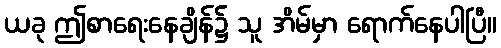
ယခု ဤစာရေးနေချိန်၌ သူ အိမ်မှာ ရောက်နေပါပြီ။